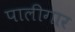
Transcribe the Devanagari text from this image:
पालीगार